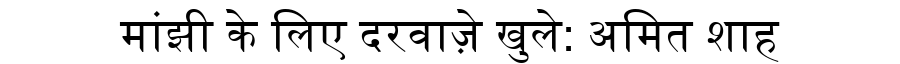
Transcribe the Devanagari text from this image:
मांझी के लिए दरवाज़े खुले: अमित शाह